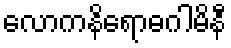
လောကနိရောဓဂါမိနီ